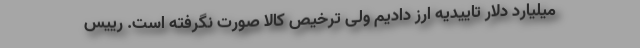
میلیارد دلار تاییدیه ارز دادیم ولی ترخیص کالا صورت نگرفته است. رییس